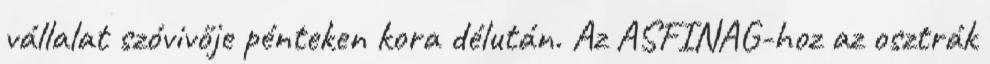
vállalat szóvivője pénteken kora délután. Az ASFINAG-hoz az osztrák